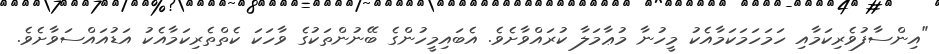
"އިންސާފުވެރިކަމާއި ހަމަހަމަކަމާއެކު މީހުނާ މުޢާމަލާ ކުރައްވާށެވެ. އެބައިމީހުންގެ ބޭނުންތަކުގެ ވާހަކަ ކެތްތެރިކަމާއެކު އަޑުއައްސަވާށެވެ.